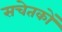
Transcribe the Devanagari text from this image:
सचेतकों